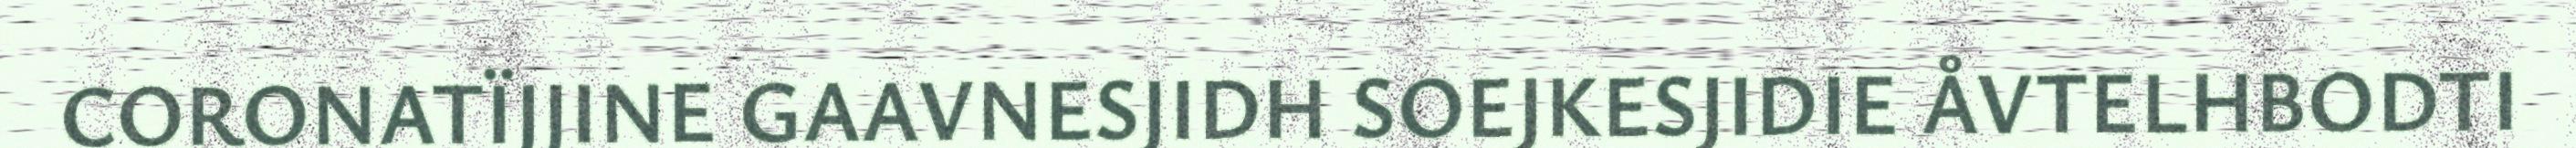
CORONATÏJJINE GAAVNESJIDH SOEJKESJIDIE ÅVTELHBODTI